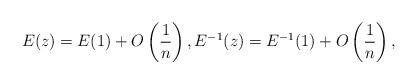
LaTeX: \begin{gather*}E(z) = E(1) + O\left(\frac{1}{n}\right), E^{-1}(z) = E^{-1}(1) +O\left(\frac{1}{n}\right),\end{gather*}